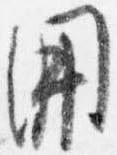
開